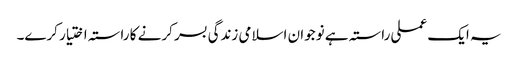
یہ ایک عملی راستہ ہے نوجوان اسلامی زندگی بسر کرنے کا راستہ اختیار کرے۔